342_HS1-416511228_319.1 Flying Discs 1949
Agency: Department of War
Incident date: 1/9/50
Page 28
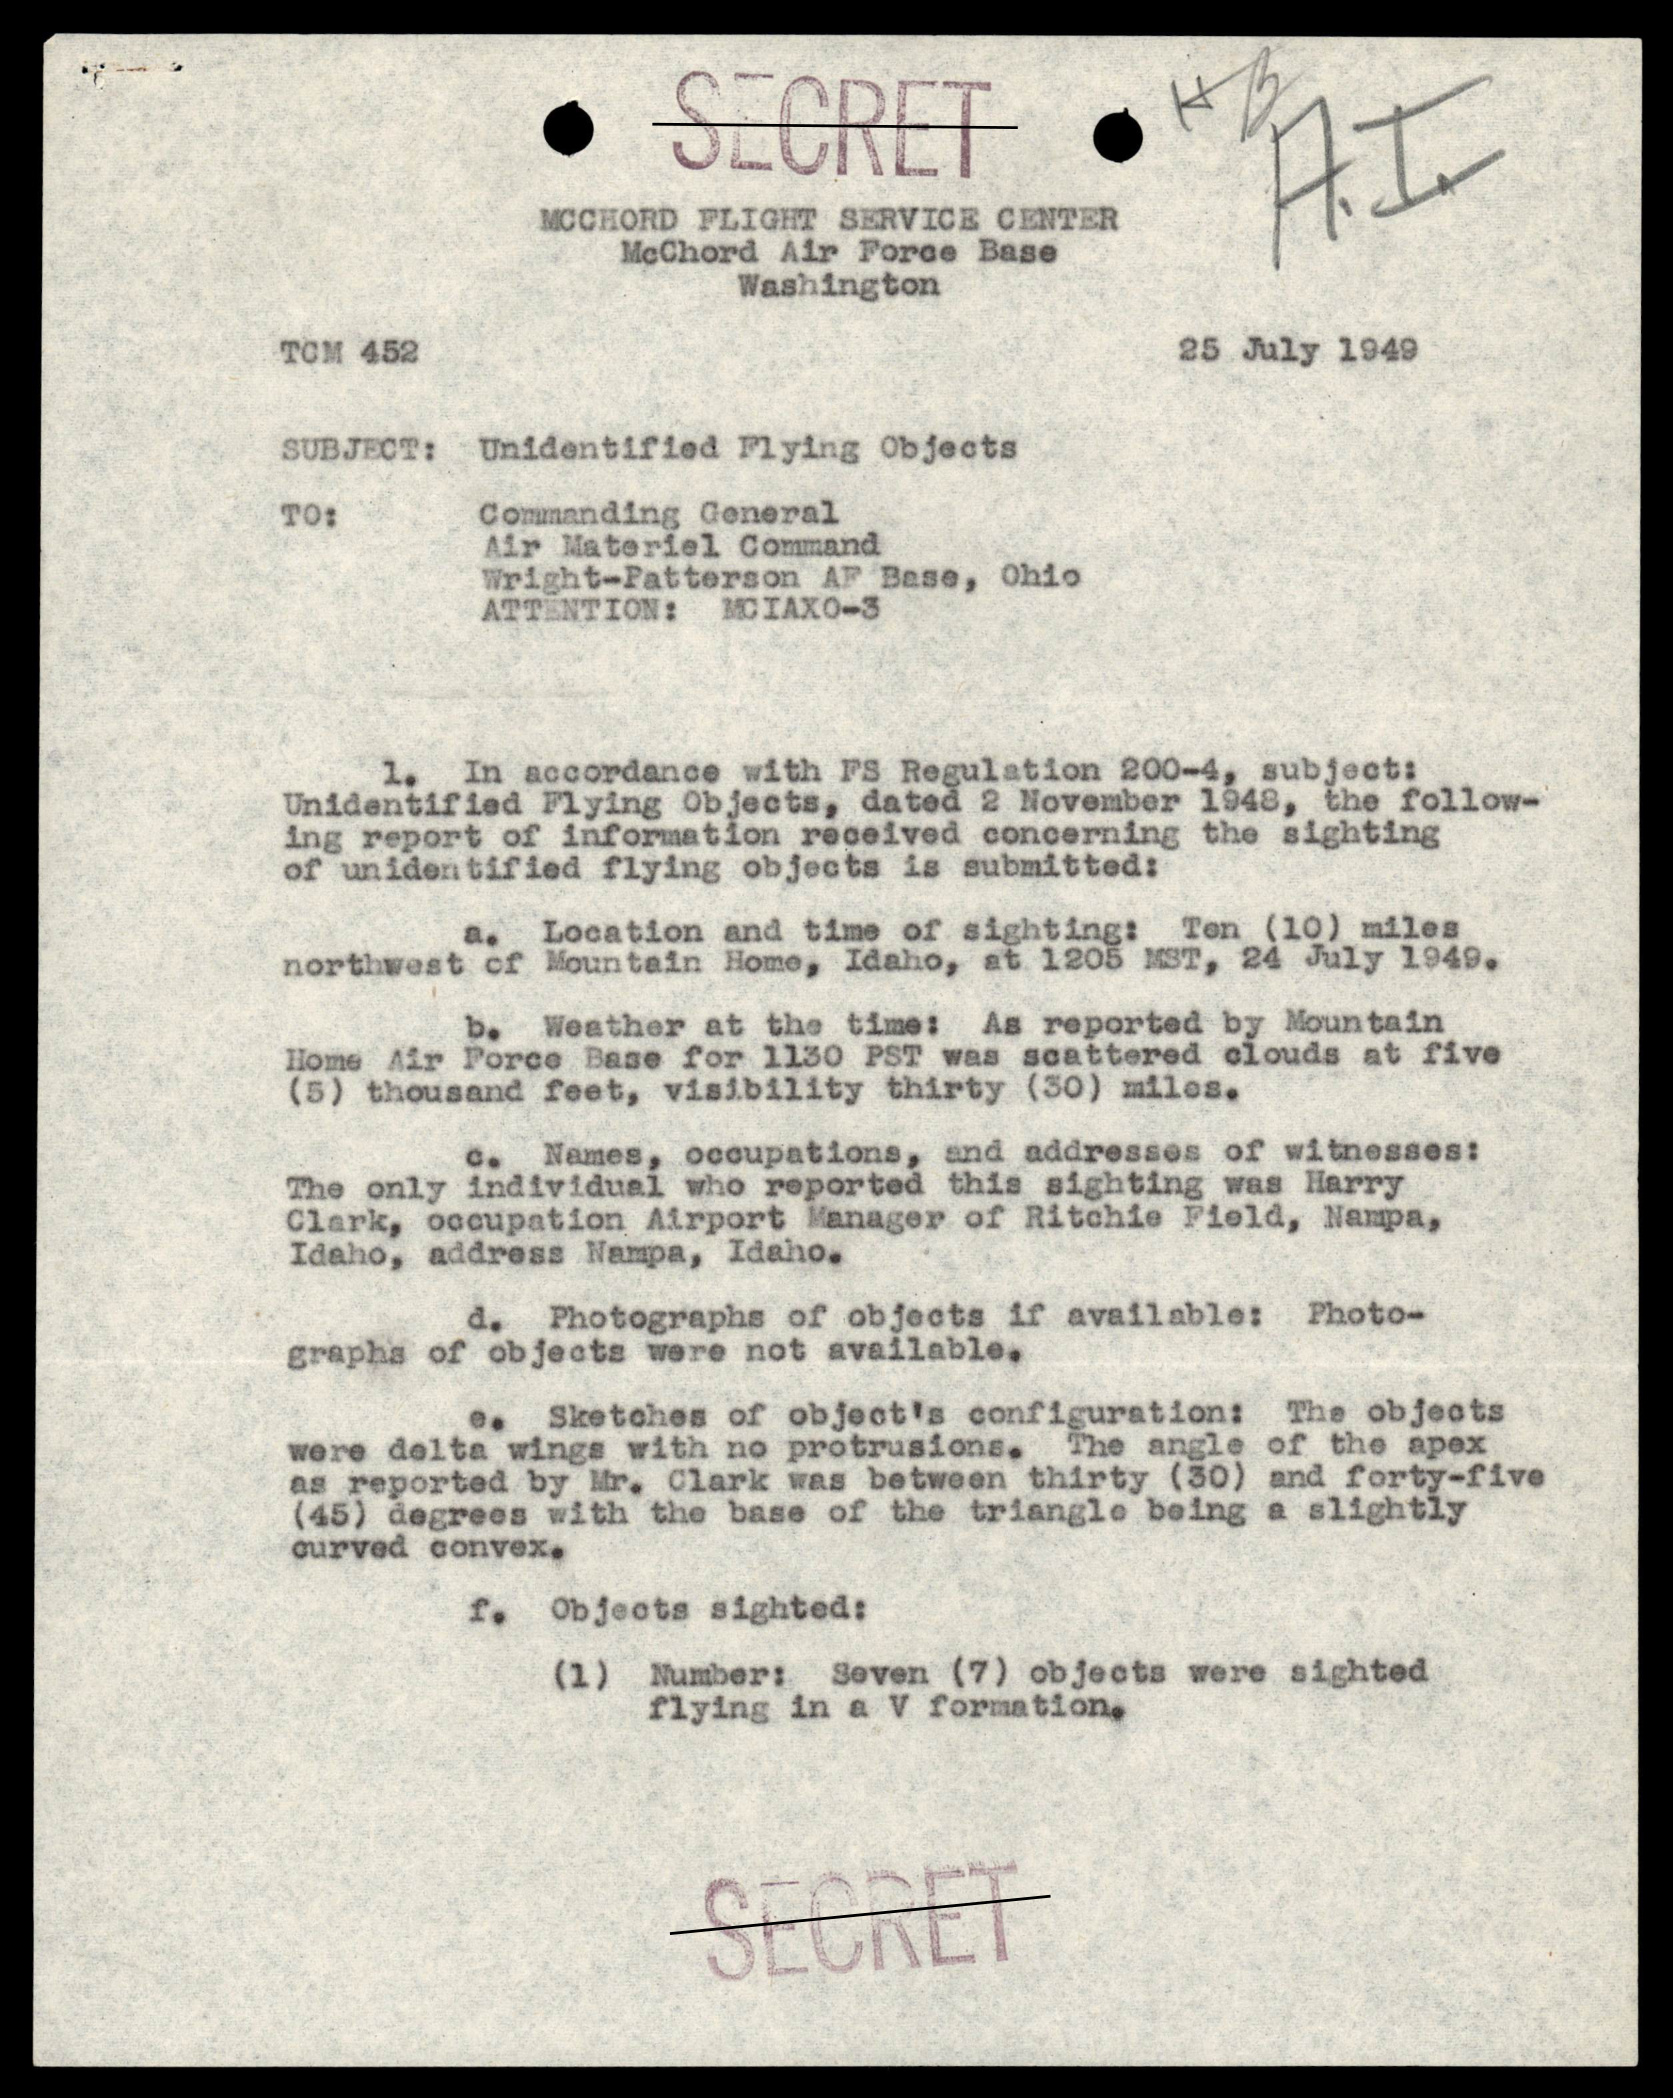